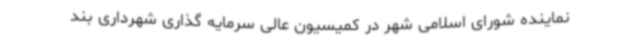
نماینده شورای اسلامی شهر در کمیسیون عالی سرمایه گذاری شهرداری بند